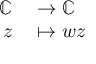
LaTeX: \begin{array} { r l } { \mathbb { C } } & { { } \rightarrow \mathbb { C } } \\ { z } & { { } \mapsto w z } \end{array}